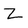
Character: Z